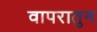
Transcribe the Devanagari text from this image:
वापरातुन